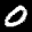
Label: 0